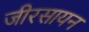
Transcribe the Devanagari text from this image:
जीरसायन